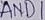
Text: AND1